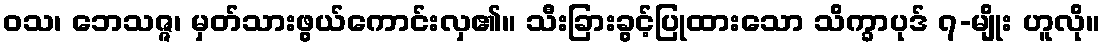
ဝသ၊ ဘေသဇ္ဇ၊ မှတ်သားဖွယ်ကောင်းလှ၏။ သီးခြားခွင့်ပြုထားသော သိက္ခာပုဒ် ၇-မျိုး ဟူလို။